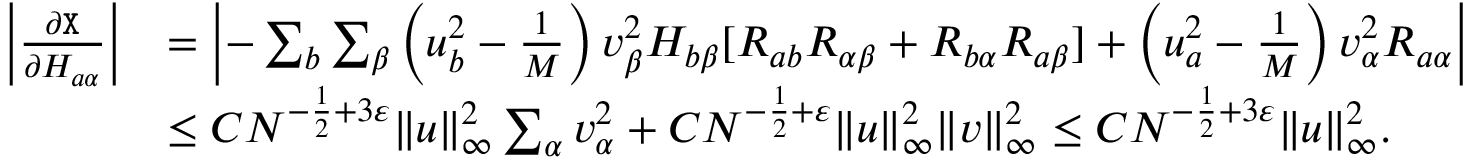
\begin{array} { r l } { \left| \frac { \partial { \texttt X } } { \partial H _ { a \alpha } } \right| } & { = \left| - \sum _ { b } \sum _ { \beta } \left( u _ { b } ^ { 2 } - \frac 1 { M } \right) v _ { \beta } ^ { 2 } H _ { b \beta } [ R _ { a b } R _ { \alpha \beta } + R _ { b \alpha } R _ { a \beta } ] + \left( u _ { a } ^ { 2 } - \frac 1 { M } \right) v _ { \alpha } ^ { 2 } R _ { a \alpha } \right| } \\ & { \leq C N ^ { - \frac 1 { 2 } + 3 \varepsilon } \| { \boldsymbol u } \| _ { \infty } ^ { 2 } \sum _ { \alpha } v _ { \alpha } ^ { 2 } + C N ^ { - \frac 1 { 2 } + \varepsilon } \| { \boldsymbol u } \| _ { \infty } ^ { 2 } \| { \boldsymbol v } \| _ { \infty } ^ { 2 } \leq C N ^ { - \frac 1 { 2 } + 3 \varepsilon } \| { \boldsymbol u } \| _ { \infty } ^ { 2 } . } \end{array}